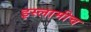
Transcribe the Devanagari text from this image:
इस्लामीच